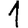
Digit: 1